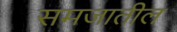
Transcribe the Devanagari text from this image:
समजातील